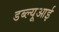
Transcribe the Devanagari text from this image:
डब्ल्यूआई